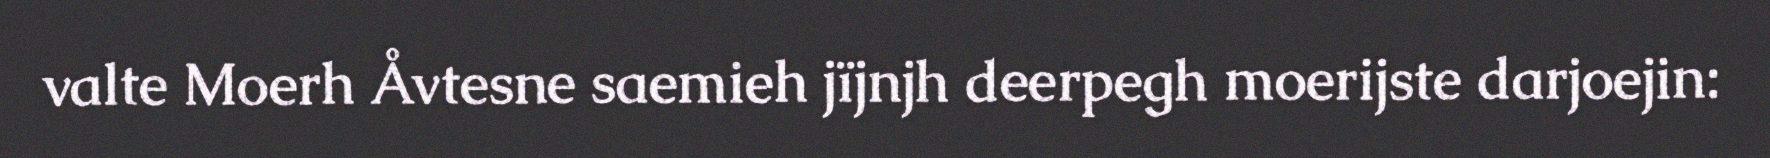
valte Moerh Åvtesne saemieh jïjnjh deerpegh moerijste darjoejin: